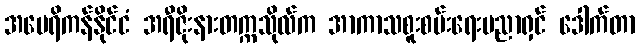
အမေရိကန်နိုင်ငံ အရီဇိုးနားတက္ကသိုလ်က အာကာသစူးစမ်းရေးပညာရှင် ဒေါက်တာ